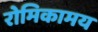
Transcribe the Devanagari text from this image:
रोमिकामय